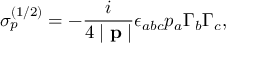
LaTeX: \sigma _ { p } ^ { ( 1 / 2 ) } = - \frac i { 4 \mid \mathbf { p } \mid } \epsilon _ { a b c } p _ { a } \Gamma _ { b } \Gamma _ { c } ,